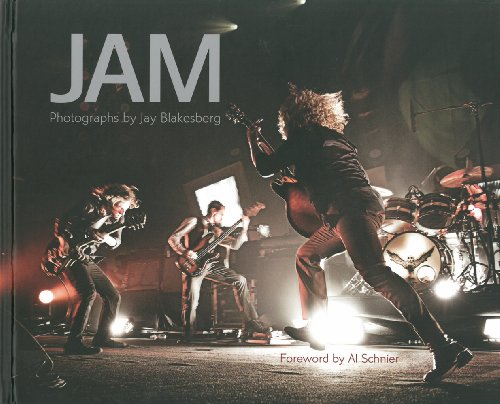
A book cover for JAM: Photographs by Jay Blakesberg; Arts & Photography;